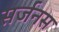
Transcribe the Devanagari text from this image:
सर्जनस